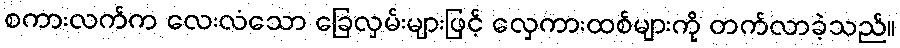
စကားလက်က လေးလံသော ခြေလှမ်းများဖြင့် လှေကားထစ်များကို တက်လာခဲ့သည်။